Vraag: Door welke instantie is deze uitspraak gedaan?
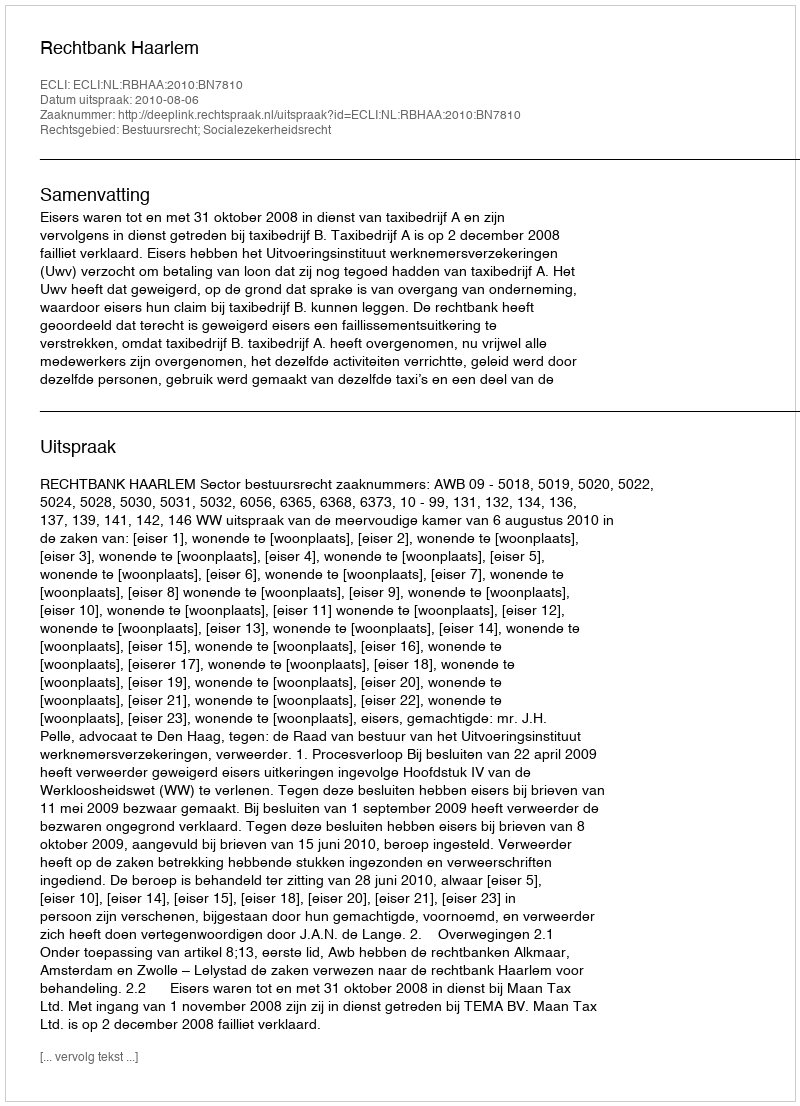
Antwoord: Rechtbank Haarlem